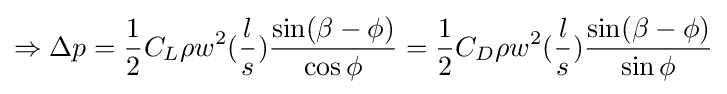
\Rightarrow \Delta p={\frac {1}{2}}C_{L}\rho w^{2}({\frac {l}{s}}){\frac {\sin(\beta -\phi )}{\cos \phi }}={\frac {1}{2}}C_{D}\rho w^{2}({\frac {l}{s}}){\frac {\sin(\beta -\phi )}{\sin \phi }}